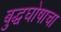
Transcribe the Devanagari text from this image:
बुद्धघोषाचा